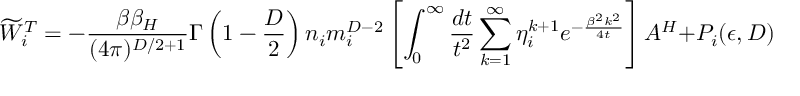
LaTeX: \widetilde { W } _ { i } ^ { T } = - { \frac { \beta \beta _ { H } } { ( 4 \pi ) ^ { D / 2 + 1 } } } \Gamma \left( 1 - \frac D 2 \right) n _ { i } m _ { i } ^ { D - 2 } \left[ \int _ { 0 } ^ { \infty } { \frac { d t } { t ^ { 2 } } } \sum _ { k = 1 } ^ { \infty } \eta _ { i } ^ { k + 1 } e ^ { - { \frac { \beta ^ { 2 } k ^ { 2 } } { 4 t } } } \right] { \cal A } ^ { H } + P _ { i } ( \epsilon , D ) ~ ~ ~ .